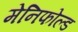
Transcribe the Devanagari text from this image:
मेनिफोल्ड